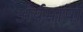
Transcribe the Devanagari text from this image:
अर्यभाषा